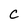
Character: C